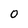
Character: 0